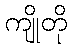
ကျိုတို